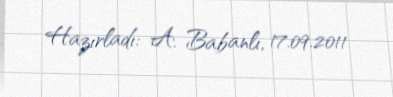
Hazırladı: A. Babanlı, 17.09.2011